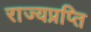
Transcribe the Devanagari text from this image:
राज्यप्रप्ति